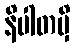
နိပါတမှိ